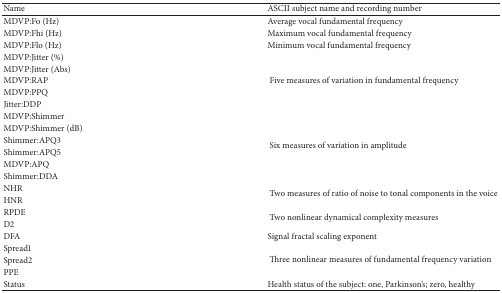
<table><thead><tr><td><b>Name</b></td><td><b> ASCII subject name and recording number</b></td></tr></thead><tbody><tr><td>MDVP:Fo (Hz)</td><td> Average vocal fundamental frequency</td></tr><tr><td>MDVP:Fhi (Hz)</td><td> Maximum vocal fundamental frequency</td></tr><tr><td>MDVP:Flo (Hz)</td><td> Minimum vocal fundamental frequency</td></tr><tr><td>MDVP:Jitter (%)</td><td rowspan="5"> Five measures of variation in fundamental frequency</td></tr><tr><td>MDVP:Jitter (Abs)</td></tr><tr><td>MDVP:RAP</td></tr><tr><td>MDVP:PPQ</td></tr><tr><td>Jitter:DDP</td></tr><tr><td>MDVP:Shimmer</td><td rowspan="6"> Six measures of variation in amplitude</td></tr><tr><td>MDVP:Shimmer (dB)</td></tr><tr><td>Shimmer:APQ3</td></tr><tr><td>Shimmer:APQ5</td></tr><tr><td>MDVP:APQ</td></tr><tr><td>Shimmer:DDA</td></tr><tr><td>NHR</td><td rowspan="2"> Two measures of ratio of noise to tonal components in the voice</td></tr><tr><td>HNR</td></tr><tr><td>RPDE</td><td rowspan="2"> Two nonlinear dynamical complexity measures</td></tr><tr><td>D2</td></tr><tr><td>DFA</td><td>Signal fractal scaling exponent</td></tr><tr><td>Spread1</td><td rowspan="3"> Three nonlinear measures of fundamental frequency variation</td></tr><tr><td>Spread2</td></tr><tr><td>PPE </td></tr><tr><td> Status</td><td>Health status of the subject: one, Parkinson&#x27;s; zero, healthy</td></tr></tbody></table>